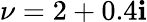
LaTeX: \nu=2+0.4\mathbf{i}